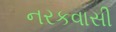
નરકવાસી